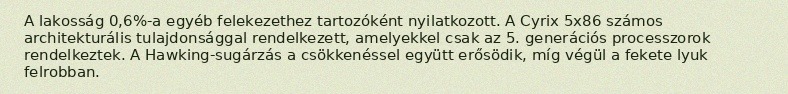
A lakosság 0,6%-a egyéb felekezethez tartozóként nyilatkozott. A Cyrix 5x86 számos architekturális tulajdonsággal rendelkezett, amelyekkel csak az 5. generációs processzorok rendelkeztek. A Hawking-sugárzás a csökkenéssel együtt erősödik, míg végül a fekete lyuk felrobban.